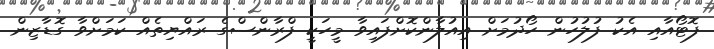
ފޮޓޯއާއި އެކު ފުލުހުން ހޯދުމަށް އިއުލާންކޮށްފައިވާ މީހަކީ ފްރާންސްގެ ރައްޔިތެއް ކަމަށްވާ ގޮޑާޒިން